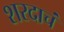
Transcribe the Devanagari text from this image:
शरदाचं